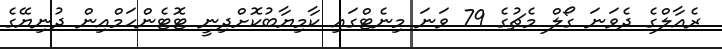
ރެއާލްގެ ދެވަނަ ގޯލް މެޗުގެ 79 ވަނަ މިނެޓްގައި ކާމިޔާބުކޮށްދިނީ ޓޮޓެންހަމްއިން ދުނިޔޭގެ